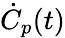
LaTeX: \dot{C}_{p}(t)